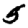
Digit: 5